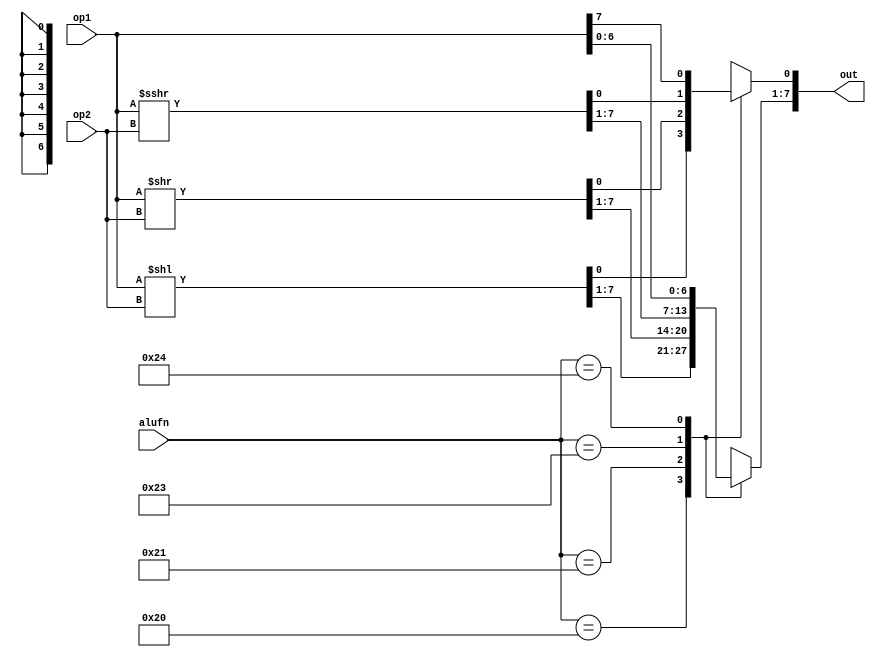
/*
   This file was generated automatically by the Mojo IDE version B1.3.6.
   Do not edit this file directly. Instead edit the original Lucid source.
   This is a temporary file and any changes made to it will be destroyed.
*/

module shifter_20 (
    input [5:0] alufn,
    input [7:0] op1,
    input [4:0] op2,
    output reg [7:0] out
  );
  
  
  
  always @* begin
    out = 8'bxxxxxxxx;
    
    case (alufn)
      6'h20: begin
        out = op1 << op2;
      end
      6'h21: begin
        out = op1 >> op2;
      end
      6'h23: begin
        out = $signed(op1) >>> op2;
      end
      6'h24: begin
        out[1+6-:7] = op1[0+6-:7];
        out[0+0-:1] = op1[7+0-:1];
      end
    endcase
  end
endmodule